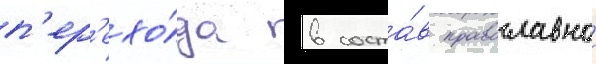
п'ер'ехо́да в соста́в православнои